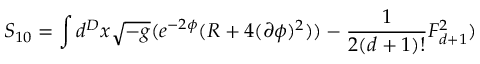
S _ { 1 0 } = \int d ^ { D } x \sqrt { - g } ( e ^ { - 2 \phi } ( R + 4 ( \partial \phi ) ^ { 2 } ) ) - \frac { 1 } { 2 ( d + 1 ) ! } F _ { d + 1 } ^ { 2 } )